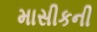
માસીકની